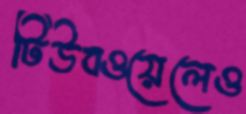
টিউবওয়েলেও